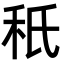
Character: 秖